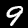
Digit: 9